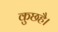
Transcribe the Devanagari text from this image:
कुछहै।